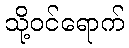
သို့ဝင်ရောက်